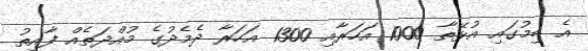
އެ ބިމުގައި އުޅޭތާ 1000 އަހަރާއި 1300 އަހަރާ ދެމެދުގެ މުއްދަތެއް ފާއިތު